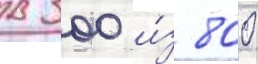
в 300 и́з 800